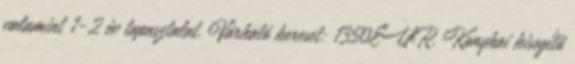
valamint 1-2 év tapasztalat. Várható kereset: 1350EUR. Konyhai kisegítő